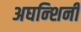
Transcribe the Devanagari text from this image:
अघन्शिनी